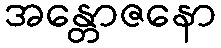
အန္တောဇနော